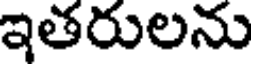
ఇతరులను